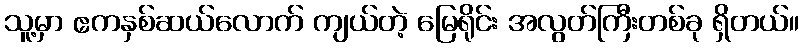
သူ့မှာ ဧကနှစ်ဆယ်လောက် ကျယ်တဲ့ မြေရိုင်း အလွတ်ကြီးတစ်ခု ရှိတယ်။